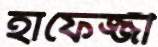
হাফেজ্জী